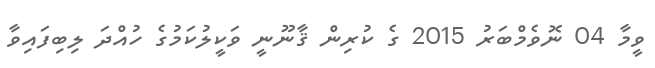
ވީމާ 04 ނޮވެމްބަރު 2015 ގެ ކުރިން ޤާނޫނީ ވަކީލުކަމުގެ ހުއްދަ ލިބިފައިވާ